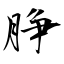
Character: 㬹